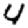
Digit: 4